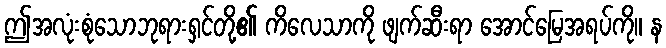
ဤအလုံးစုံသောဘုရားရှင်တို့၏ ကိလေသာကို ဖျက်ဆီးရာ အောင်မြေအရပ်ကို။ န